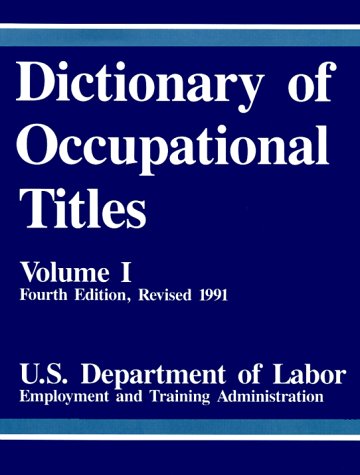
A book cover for Dictionary of Occupational Titles, Vol. 1; Business & Money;